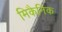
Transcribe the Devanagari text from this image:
मिकैनिक